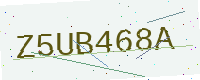
Text: Z5UB468A